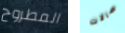
المطروح صالات